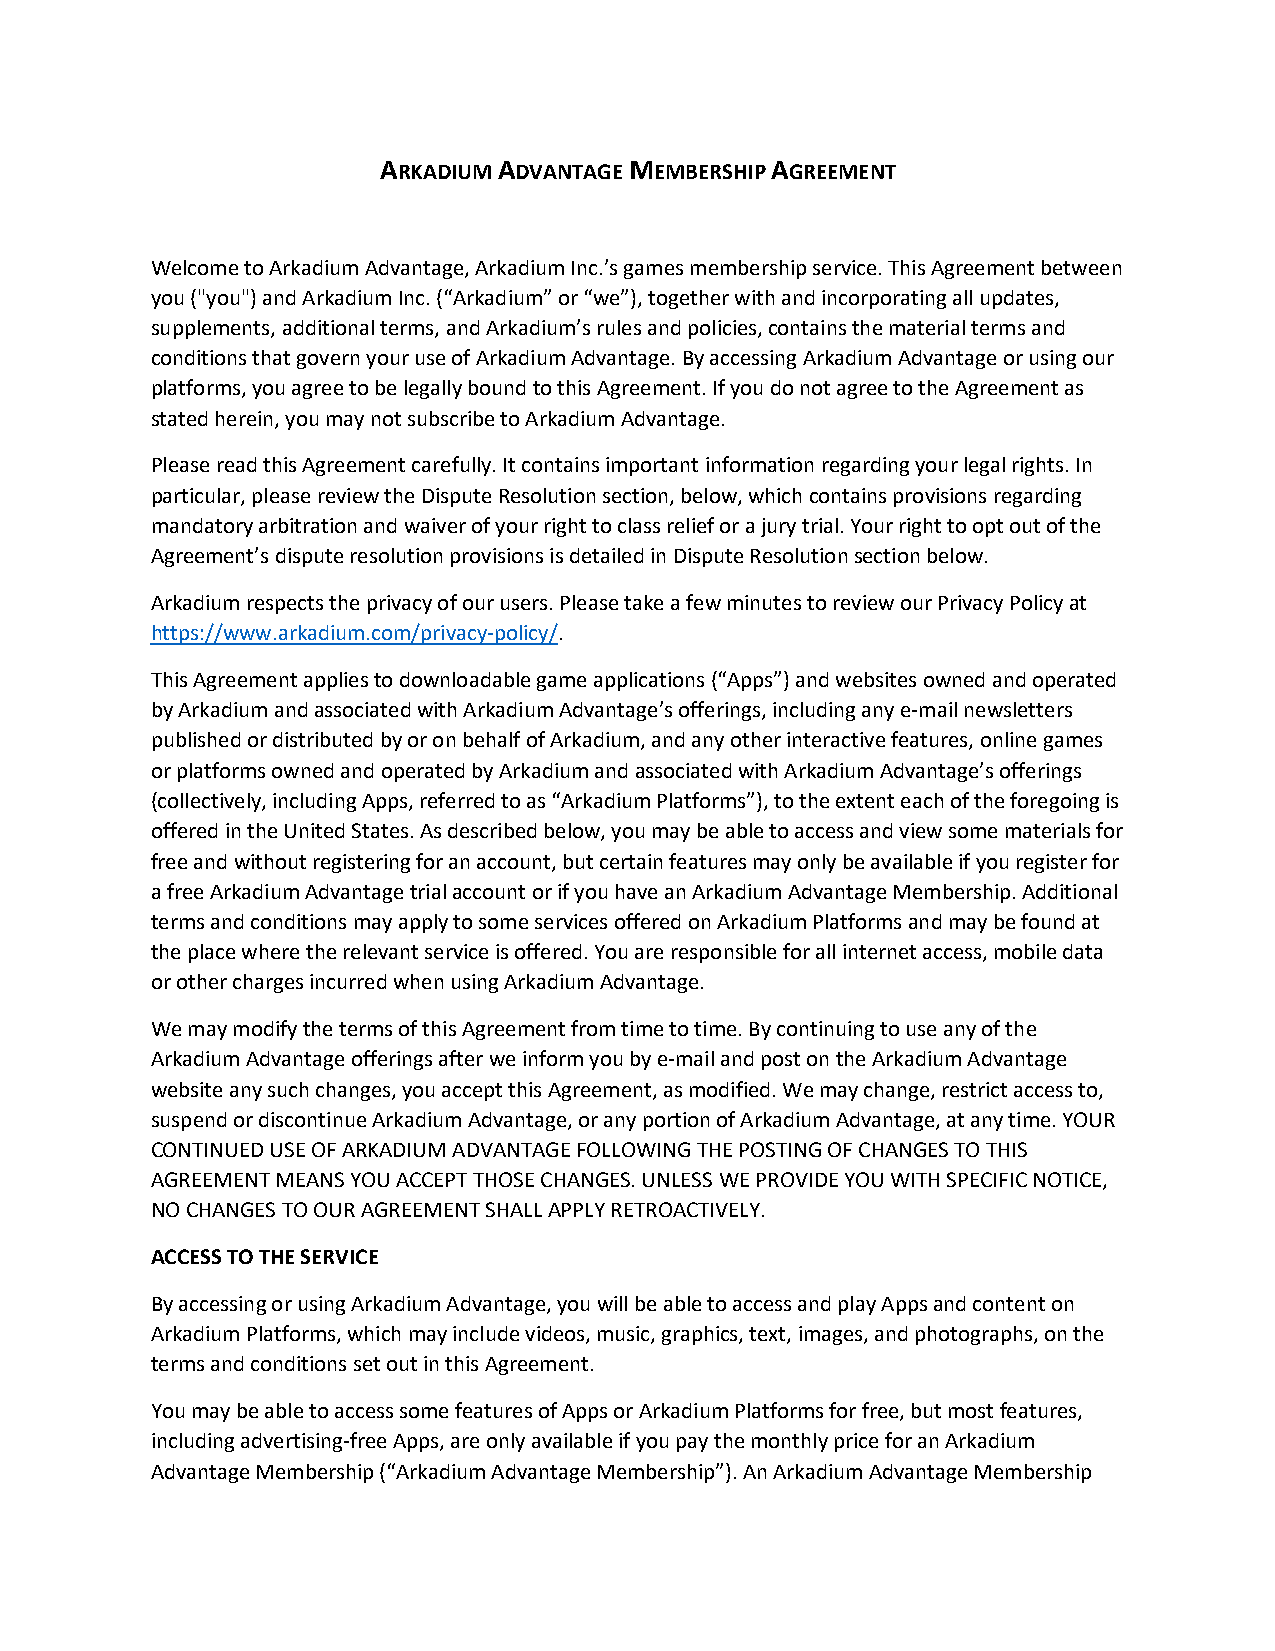
ARKADIUM ADVANTAGE MEMBERSHIP AGREEMENT
 Welcome to Arkadium Advantage, Arkadium Inc.’s games membership service. This Agreement between
 you ("you") and Arkadium Inc. (“Arkadium” or “we”), together with and incorporating all updates,
 supplements, additional terms, and Arkadium’s rules and policies, contains the material terms and
 conditions that govern your use of Arkadium Advantage. By accessing Arkadium Advantage or using our
 platforms, you agree to be legally bound to this Agreement. If you do not agree to the Agreement as
 stated herein, you may not subscribe to Arkadium Advantage.
 Please read this Agreement carefully. It contains important information regarding your legal rights. In
 particular, please review the Dispute Resolution section, below, which contains provisions regarding
 mandatory arbitration and waiver of your right to class relief or a jury trial. Your right to opt out of the
 Agreement’s dispute resolution provisions is detailed in Dispute Resolution section below.
 Arkadium respects the privacy of our users. Please take a few minutes to review our Privacy Policy at
 https://www.arkadium.com/privacy-policy/.
 This Agreement applies to downloadable game applications (“Apps”) and websites owned and operated
 by Arkadium and associated with Arkadium Advantage’s offerings, including any e-mail newsletters
 published or distributed by or on behalf of Arkadium, and any other interactive features, online games
 or platforms owned and operated by Arkadium and associated with Arkadium Advantage’s offerings
 (collectively, including Apps, referred to as “Arkadium Platforms”), to the extent each of the foregoing is
 offered in the United States. As described below, you may be able to access and view some materials for
 free and without registering for an account, but certain features may only be available if you register for
 a free Arkadium Advantage trial account or if you have an Arkadium Advantage Membership. Additional
 terms and conditions may apply to some services offered on Arkadium Platforms and may be found at
 the place where the relevant service is offered. You are responsible for all internet access, mobile data
 or other charges incurred when using Arkadium Advantage.
 We may modify the terms of this Agreement from time to time. By continuing to use any of the
 Arkadium Advantage offerings after we inform you by e-mail and post on the Arkadium Advantage
 website any such changes, you accept this Agreement, as modified. We may change, restrict access to,
 suspend or discontinue Arkadium Advantage, or any portion of Arkadium Advantage, at any time. YOUR
 CONTINUED USE OF ARKADIUM ADVANTAGE FOLLOWING THE POSTING OF CHANGES TO THIS
 AGREEMENT MEANS YOU ACCEPT THOSE CHANGES. UNLESS WE PROVIDE YOU WITH SPECIFIC NOTICE,
 NO CHANGES TO OUR AGREEMENT SHALL APPLY RETROACTIVELY.
 ACCESS TO THE SERVICE
 By accessing or using Arkadium Advantage, you will be able to access and play Apps and content on
 Arkadium Platforms, which may include videos, music, graphics, text, images, and photographs, on the
 terms and conditions set out in this Agreement.
 You may be able to access some features of Apps or Arkadium Platforms for free, but most features,
 including advertising-free Apps, are only available if you pay the monthly price for an Arkadium
 Advantage Membership (“Arkadium Advantage Membership”). An Arkadium Advantage Membership